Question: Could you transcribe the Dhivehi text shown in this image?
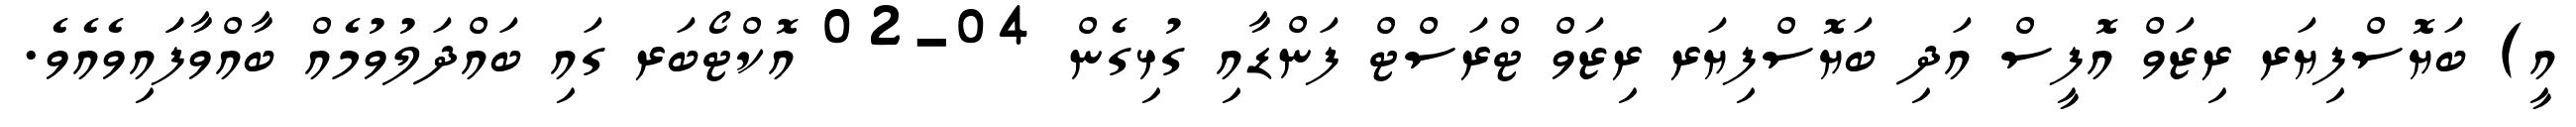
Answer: އީ) ބަޔޮސްފިޔަރ ރިޒަވް އޮފީސް އަދި ބަޔޮސްފިޔަރ ރިޒަވް ޓްރަސްޓް ފަންޑާއި ގުޅިގެން 04-02 އޮކްޓޯބަރ ގައި ބައްދަލުވުމެއް ބާއްވާފަައިވެއެވެ.